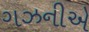
ગઝનીએ